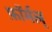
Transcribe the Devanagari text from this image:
फ़ॉर्मल्